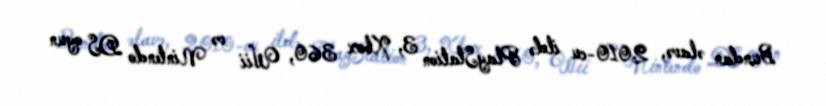
Bundan əlavə, 2010-cu ildə PlayStation 3, Xbox 360, Wii və Nintendo DS oyun